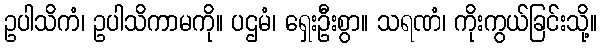
ဥပါသိကံ၊ ဥပါသိကာမကို။ ပဌမံ၊ ရှေးဦးစွာ။ သရဏံ၊ ကိုးကွယ်ခြင်းသို့။